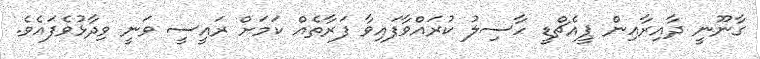
ގާނޫނީ ދާއިރާއިން ޕީއެޗްޑީ ހާސިލު ކުރައްވާފައިވާ ފަރާތެއް ކަމަށް ރައީސީ ވަނީ ވިދާޅުވެފައެވެ.